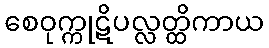
စေဝုက္ကုဋိပလ္လတ္ထိကာယ